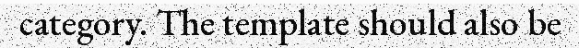
category. The template should also be